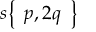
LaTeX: s { \left\{ \begin{array} { l } { p , 2 q } \end{array} \right\} }